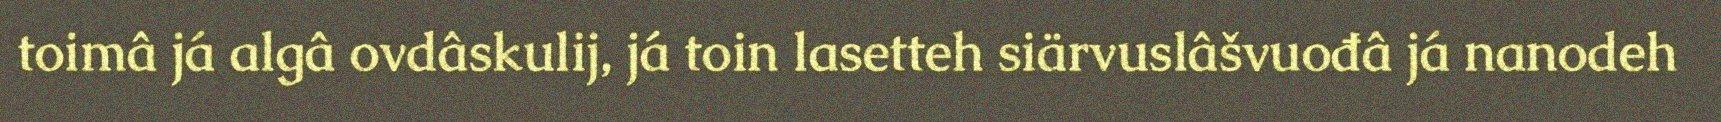
toimâ já algâ ovdâskulij, já toin lasetteh siärvuslâšvuođâ já nanodeh